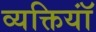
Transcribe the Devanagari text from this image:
व्यक्तियॉं